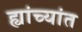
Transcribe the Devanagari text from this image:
ह्यांच्यांत